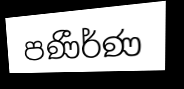
පණීර්ණ